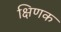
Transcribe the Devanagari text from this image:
क्षिणक